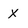
Character: x